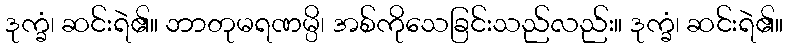
ဒုက္ခံ၊ ဆင်းရဲ၏။ ဘာတုမရဏမ္ပိ၊ အစ်ကိုသေခြင်းသည်လည်း။ ဒုက္ခံ၊ ဆင်းရဲ၏။